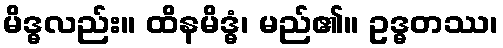
မိဒ္ဓလည်း။ ထိနမိဒ္ဓံ၊ မည်၏။ ဥဒ္ဓတဿ၊